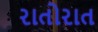
રાતોરાત